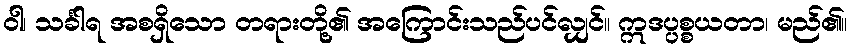
ဝါ၊ သင်္ခါရ အစရှိသော တရားတို့၏ အကြောင်းသည်ပင်လျှင်။ ဣဒပ္ပစ္စယတာ၊ မည်၏။